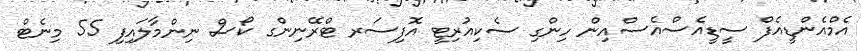
އެމްއެންޑީއެފް ސީޑީއެސްއެސްއިން ހިންގި ސެކިއުރިޓީ އޮފިސަރ ޓްރޭނިންގ ކޯސް ނިންމާލައިފި 55 މިނެޓް